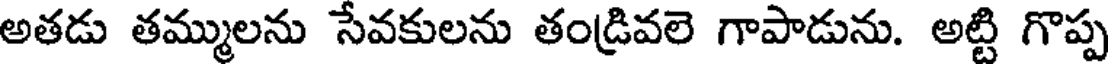
అతడు తమ్ములను సేవకులను తండ్రివలె గాపాడును. అట్టి గొప్ప